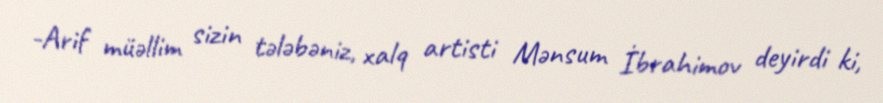
-Arif müəllim sizin tələbəniz, xalq artisti Mənsum İbrahimov deyirdi ki,